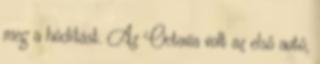
meg a hódítást. Az Octavia volt az első autó,